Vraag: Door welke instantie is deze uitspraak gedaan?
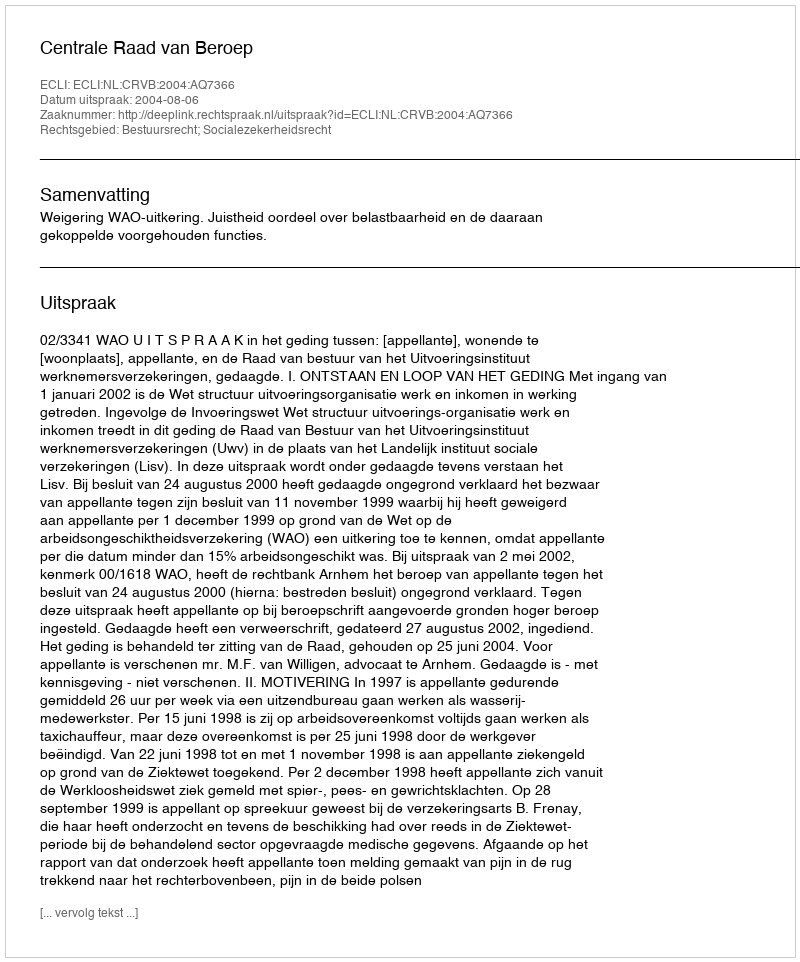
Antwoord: Centrale Raad van Beroep